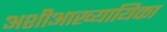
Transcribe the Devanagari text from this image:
अशीआख्यायिका